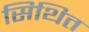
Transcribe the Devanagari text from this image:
सिथित